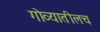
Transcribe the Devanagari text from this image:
गोव्यातीलच